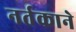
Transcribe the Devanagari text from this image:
नर्तकाने